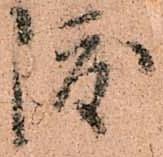
渡